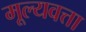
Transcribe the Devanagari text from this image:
मूल्यवत्ता